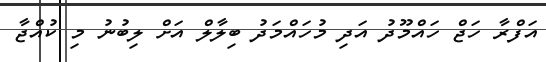
އަފްރާ ހަޖް ހައްމޫދު އަދި މުހައްމަދު ބިލާލް އަށް ލިބުނު މި ކުއްޖާ